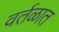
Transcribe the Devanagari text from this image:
वर्तळात